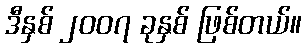
ဒီနှစ် ၂၀၀၇ ခုနှစ် ဖြစ်တယ်။